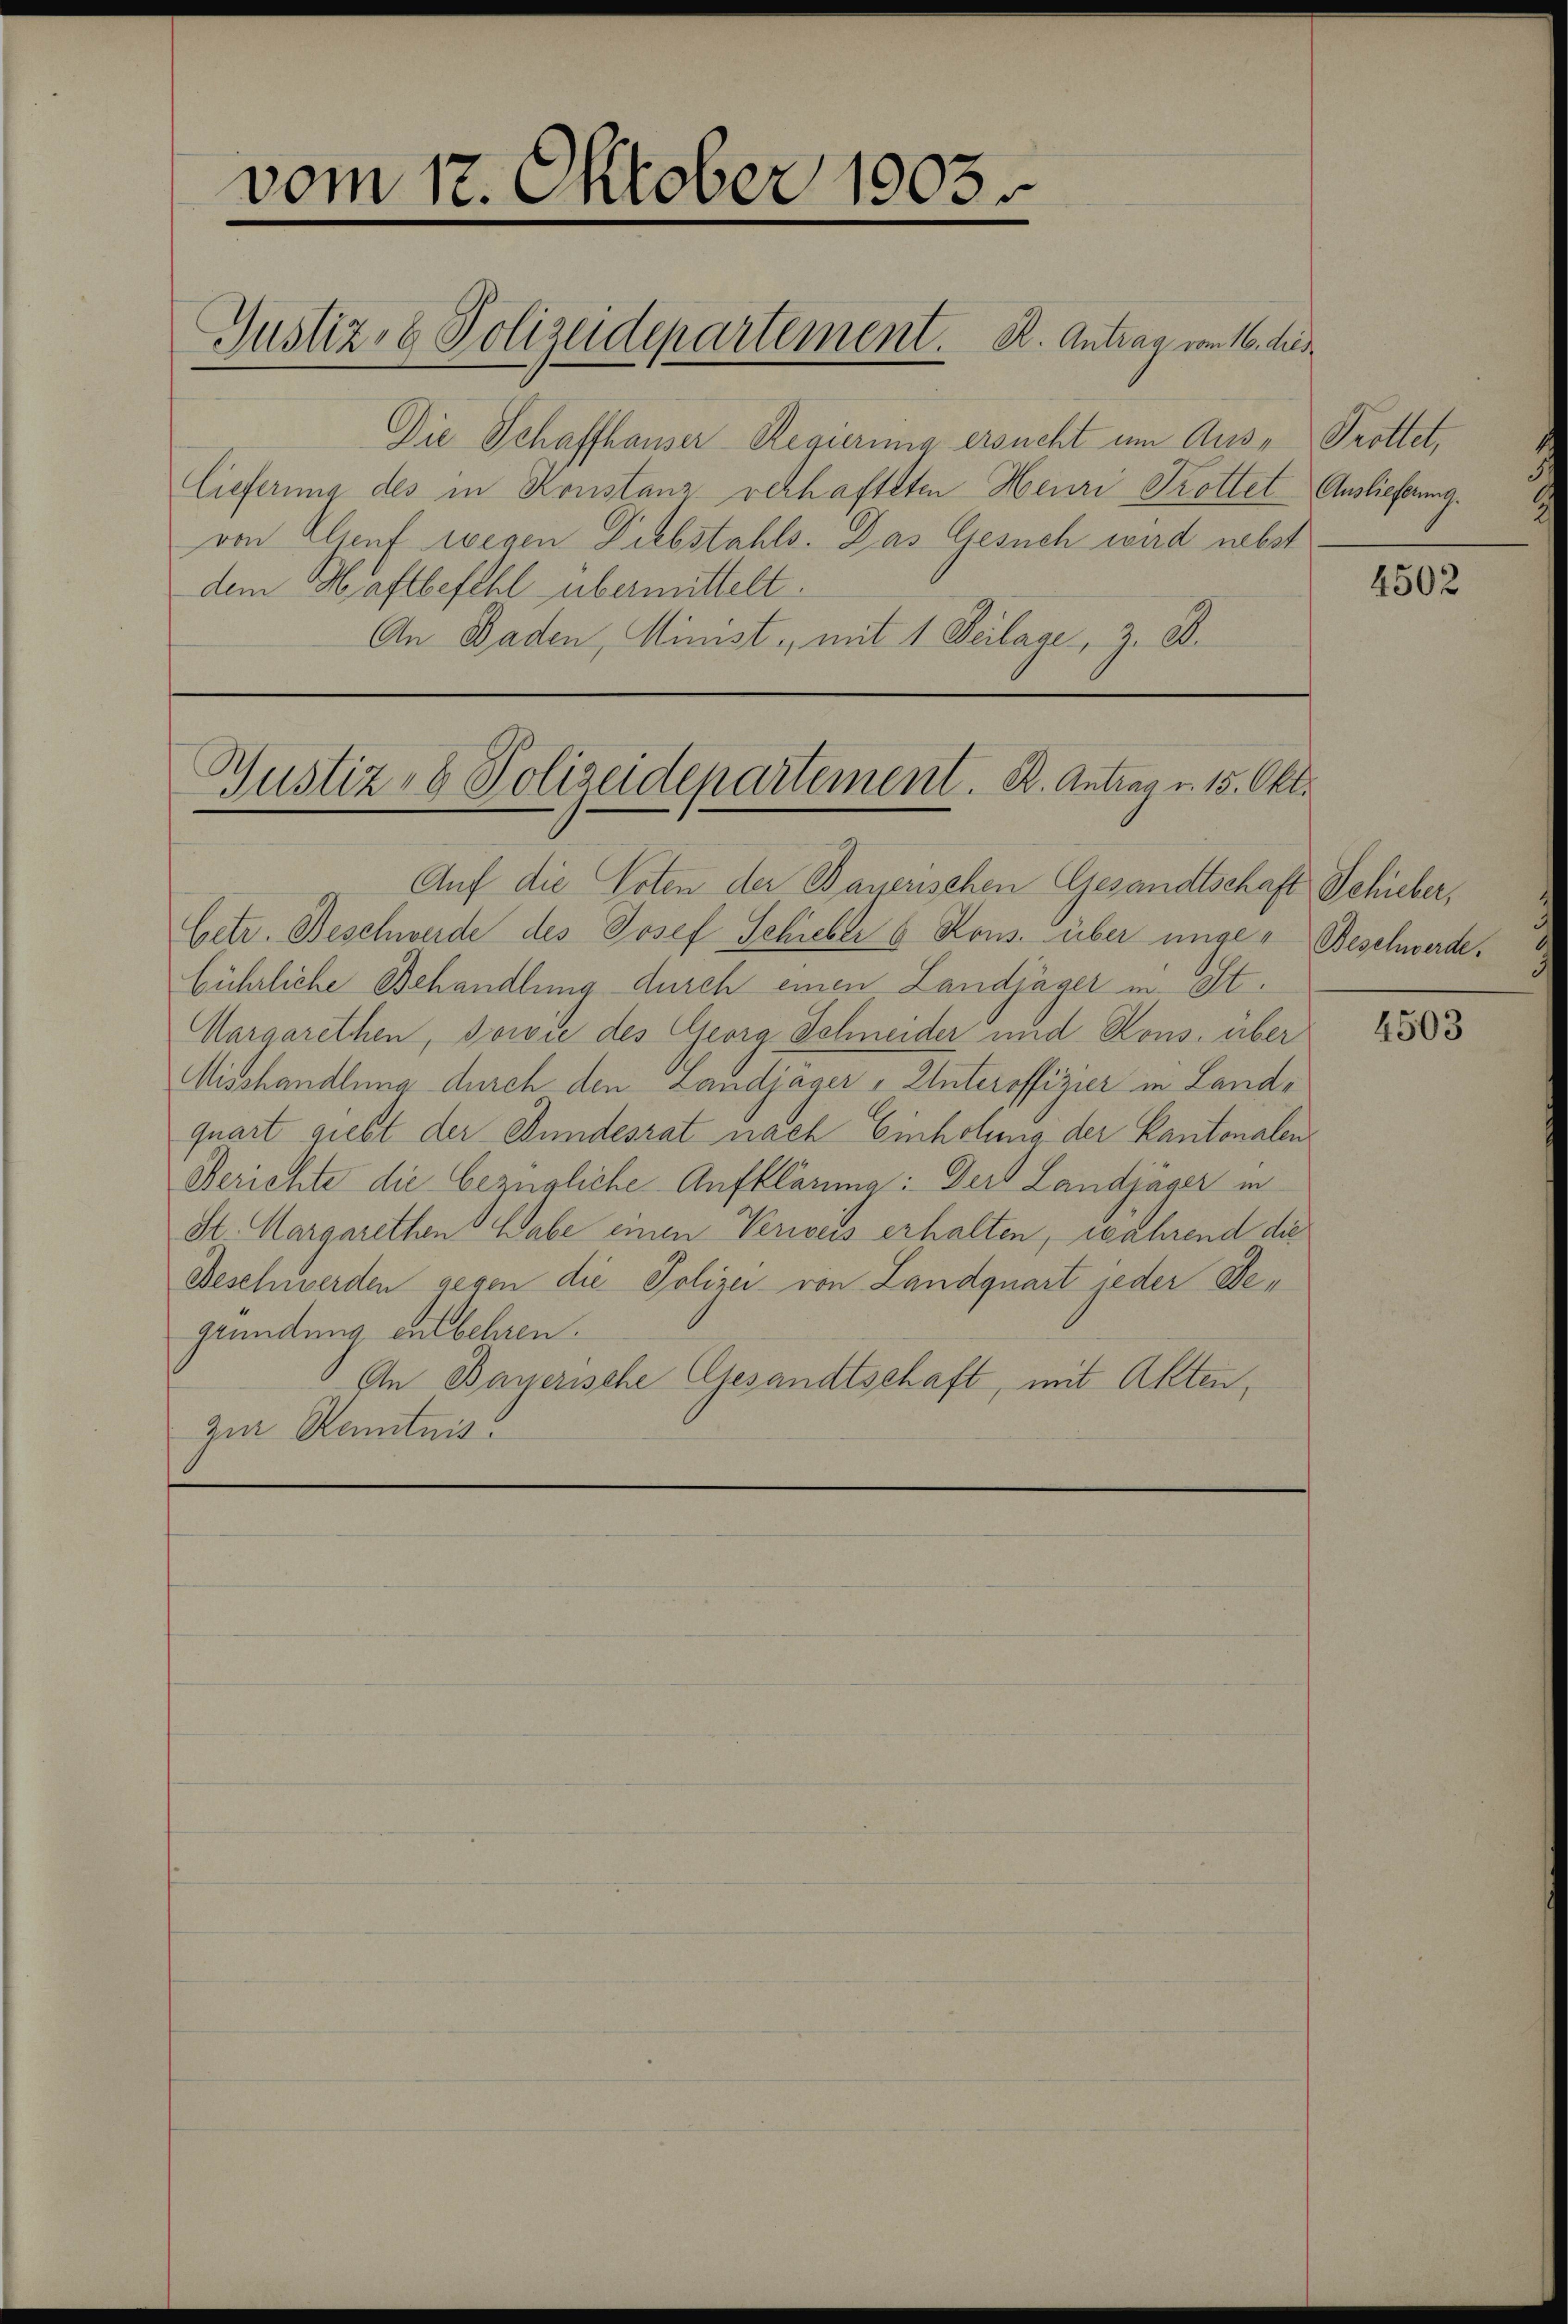
Die Schaffhauser-Regierung ersucht um Aus- Trottet,
lieferung des in Konstanz verhafteten Heuri Trottet Auslieferung.
von Klienf wegen Diebstahls. Das Gesuch wird nebst
dem Haftbefehl übermittelt.

vom 17. Oktober 1803.

Justiz- & Polizeidepartement. B. Antrag vom 16. dies

An Baden, Minist, mit 1 Peilage, z. B.

Auf die Toten der Bauerischen Gesandtschaft Schieber,
Cetr. Beschwerde des Josef Schieber 6 Rons. über unge- Beschwerde.
bührliche Behandlung durch einen Landjäger in St.
Margarethen, sowie des Georg Schneider und Kons. über
Misshandlung durch den Landjäger - Unteroffizier in Landquart giebt der Bundesrat nach Einholung der Kantonalen¬
Berichte die bezügliche Aufklärung: Der Landjäger in
St. Margarethen Gabe einen Verweis erhalten, während die
Beschwerden gegen die Polizei von Landquart jeder Begründung entbehren.
An Bayerische Gesandtschaft, mit Akten,
zur Kenntnis.

Gustiz- & Polizeidepartement. B. Antrag v. 15. Okt.

4502

4503